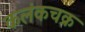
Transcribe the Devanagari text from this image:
कलंकचक्र